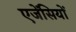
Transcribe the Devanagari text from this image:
एजेंसियों